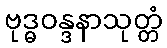
ဗုဒ္ဓဝန္ဒနာသုတ္တံ